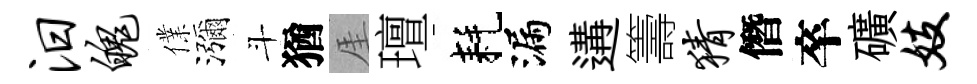
汨魄㒒瀰斗猶厓璮耗漏遘籌猜僭卒礦妓